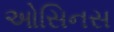
ઓસિનસ